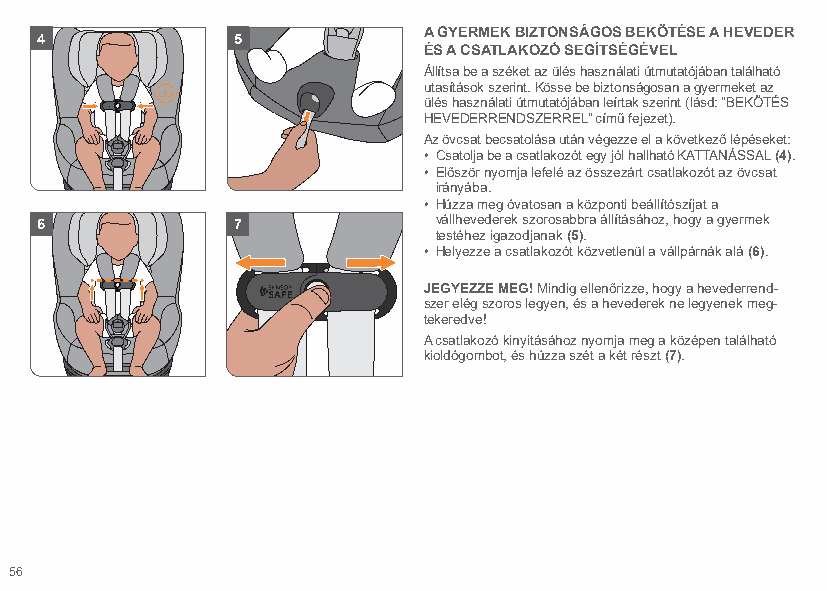
A GYERMEK BIZTONSÁGOS BEKÖTÉSE A HEVEDER
 4            5
 ÉS A CSATLAKOZÓ SEGÍTSÉGÉVEL
 Állítsa be a széket az ülés használati útmutatójában található
 utasítások szerint. Kösse be biztonságosan a gyermeket az
 ülés használati útmutatójában leírtak szerint (lásd: ”BEKÖTÉS
 HEVEDERRENDSZERREL” című fejezet).
 Az övcsat becsatolása után végezze el a következő lépéseket:
 • Csatolja be a csatlakozót egy jól hallható KATTANÁSSAL (4).
 • Először nyomja lefelé az összezárt csatlakozót az övcsat
 irányába.
 • Húzza meg óvatosan a központi beállítószíjat a
 6            7             vállhevederek szorosabbra állításához, hogy a gyermek
 testéhez igazodjanak (5).
 • Helyezze a csatlakozót közvetlenül a vállpárnák alá (6).
 JEGYEZZE MEG! Mindig ellenőrizze, hogy a hevederrend-
 szer elég szoros legyen, és a hevederek ne legyenek meg-
 tekeredve!
 A csatlakozó kinyitásához nyomja meg a középen található
 kioldógombot, és húzza szét a két részt (7).
 56